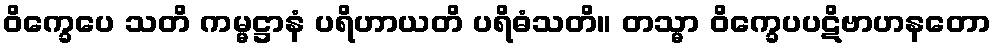
ဝိက္ခေပေ သတိ ကမ္မဋ္ဌာနံ ပရိဟာယတိ ပရိဓံသတိ။ တသ္မာ ဝိက္ခေပပဋိဗာဟနတော